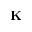
\mathbf { K }